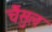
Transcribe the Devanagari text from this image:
चैंसुल